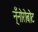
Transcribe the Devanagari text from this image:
न्ँनोरोबोट